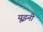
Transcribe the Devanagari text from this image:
यूझ्नी